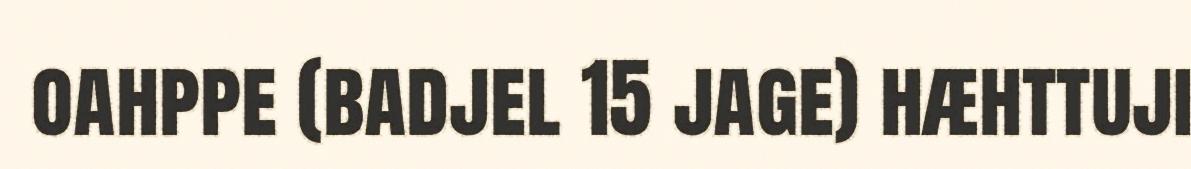
oahppe (badjel 15 jage) hæhttuji